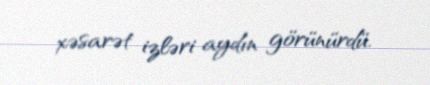
xəsarət izləri aydın görünürdü.